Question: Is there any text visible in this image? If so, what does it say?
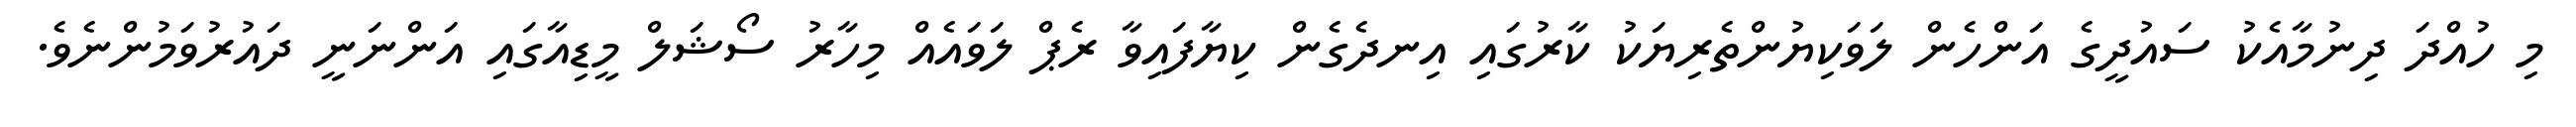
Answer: މި ހުއްދަ ދިނުމާއެކު ސައުދީގެ އަންހެން ލަވަކިޔުންތެރިޔަކު ކާރުގައި އިނދެގެން ކިޔާފައިވާ ރެޕް ލަވައެއް މިހާރު ސޯޝަލް މީޑިއާގައި އަންނަނީ ދައުރުވަމުންނެވެ.